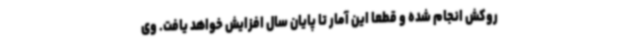
روکش انجام شده و قطعا این آمار تا پایان سال افزایش خواهد یافت. وی